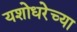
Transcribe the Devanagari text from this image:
यशोधरेच्या